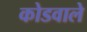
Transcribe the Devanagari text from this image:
कोडवाले